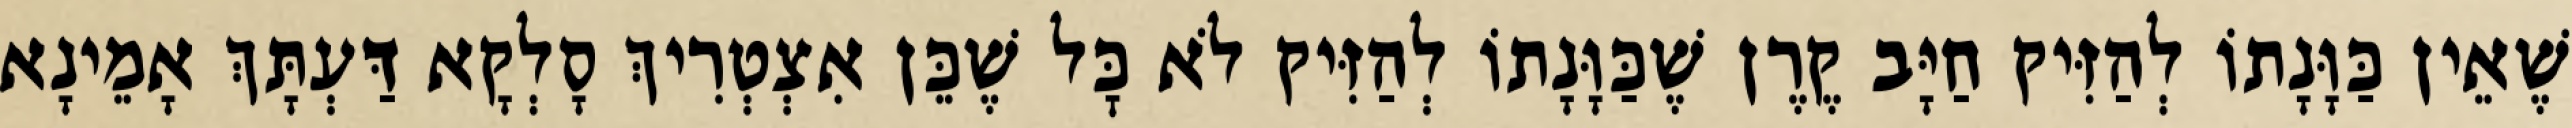
שֶׁאֵין כַּוָּנָתוֹ לְהַזִּיק חַיָּב קֶרֶן שֶׁכַּוָּנָתוֹ לְהַזִּיק לֹא כׇּל שֶׁכֵּן אִצְטְרִיךְ סָלְקָא דַּעְתָּךְ אָמֵינָא